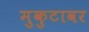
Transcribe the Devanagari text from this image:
मुकुटावर